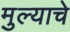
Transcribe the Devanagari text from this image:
मुल्याचे